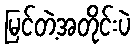
မြင်တဲ့အတိုင်းပဲ